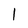
Character: 1